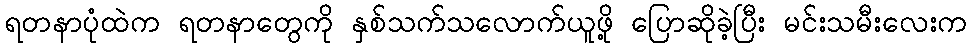
ရတနာပုံထဲက ရတနာတွေကို နှစ်သက်သလောက်ယူဖို့ ပြောဆိုခဲ့ပြီး မင်းသမီးလေးက